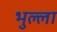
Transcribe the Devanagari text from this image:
भुल्ला